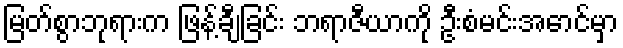
မြတ်စွာဘုရားက ဖြန့်ချီခြင်း ဘရာဇီယာကို ဦးစံမင်းအောင်မှာ